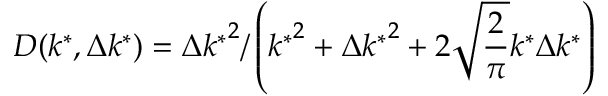
D ( k ^ { * } , \Delta k ^ { * } ) = { { \Delta k ^ { * } } ^ { 2 } } / \left( { { k ^ { * } } ^ { 2 } + { \Delta k ^ { * } } ^ { 2 } + 2 \sqrt { \frac { 2 } { \pi } } k ^ { * } \Delta k ^ { * } } \right)